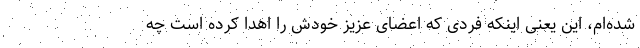
شده‌ام، این یعنی اینکه فردی که اعضای عزیز خودش را اهدا کرده است چه